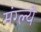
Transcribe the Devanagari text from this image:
मंग्ल्ये